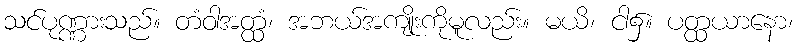
သင်ပုဏ္ဏားသည်။ တံဝါအတ္ထံ၊ အဘယ်အကျိုးကိုမူလည်း။ မယိ၊ ငါ၌။ ပတ္ထယာနော၊